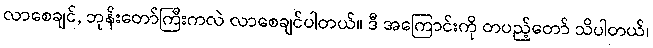
လာစေချင်, ဘုန်းတော်ကြီးကလဲ လာစေချင်ပါတယ်။ ဒီ အကြောင်းကို တပည့်တော် သိပါတယ်၊